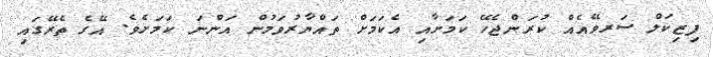
ފިޒިކަލް ސަރވޭއެއް ކުރަންޖެހޭ ކަމަށާއި އެކަމަށް ތައްޔާރުވަމުން އަންނަ ކަމަށެވެ. އޭގެ ތެރޭގައި